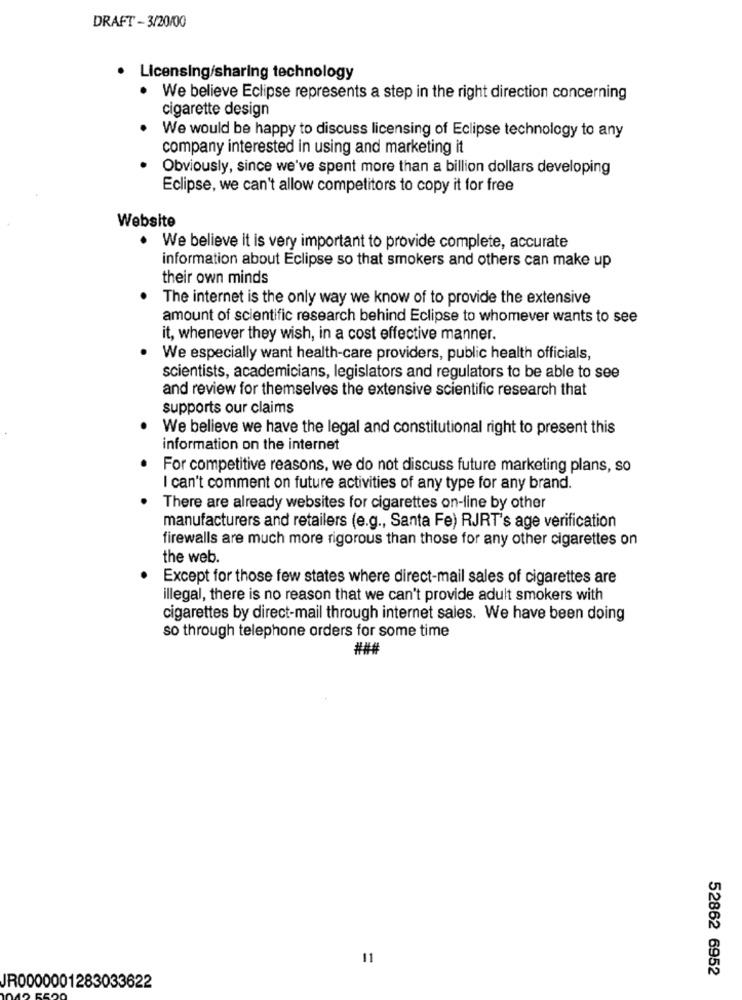
DRAFT- 3/20/00
Licensing/sharing technology
We believe Eclipse represents a step in the right direction concerning
cigarette design
We would be happy to discuss licensing of Eclipse technology to any
company interested in using and marketing it
Obviously, since we've spent more than a billion dollars developing
Eclipse, we can't allow competitors to copy it for free
Website
We believe it is very important to provide complete, accurate
information about Eclipse so that smokers and others can make up
their own minds
The internet is the only way we know of to provide the extensive
amount of scientific research behind Eclipse to whomever wants to see
it, whenever they wish, in a cost effective manner.
We especially want health-care providers, public health officials,
scientists, academicians, legislators and regulators to be able to see
and review for themselves the extensive scientific research that
supports our claims
We believe we have the legal and constitutional right to present this
information on the internet
For competitive reasons, we do not discuss future marketing plans, so
I can't comment on future activities of any type for any brand.
There are already websites for cigarettes on-line by other
manufacturers and retailers (e.g ., Santa Fe) RJRT's age verification
firewalls are much more rigorous than those for any other cigarettes on
the web.
Except for those few states where direct-mail sales of cigarettes are
illegal, there is no reason that we can't provide adult smokers with
cigarettes by direct-mail through internet sales. We have been doing
so through telephone orders for some time
###
11
52862 6952
IR0000001283033622